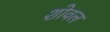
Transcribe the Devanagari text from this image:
शोवल